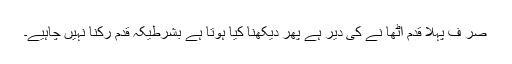
صر ف پہلا قدم اٹھا نے کی دیر ہے پھر دیکھنا کیا ہوتا ہے بشرطیکہ قدم رکنا نہیں چاہیے۔